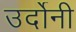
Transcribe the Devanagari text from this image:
उर्दोनी